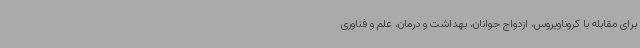
برای مقابله با کروناویروس، ازدواج جوانان، بهداشت و درمان، علم و فناوری